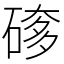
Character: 䃎